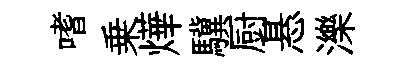
嗜乗燁驥厨悬濼